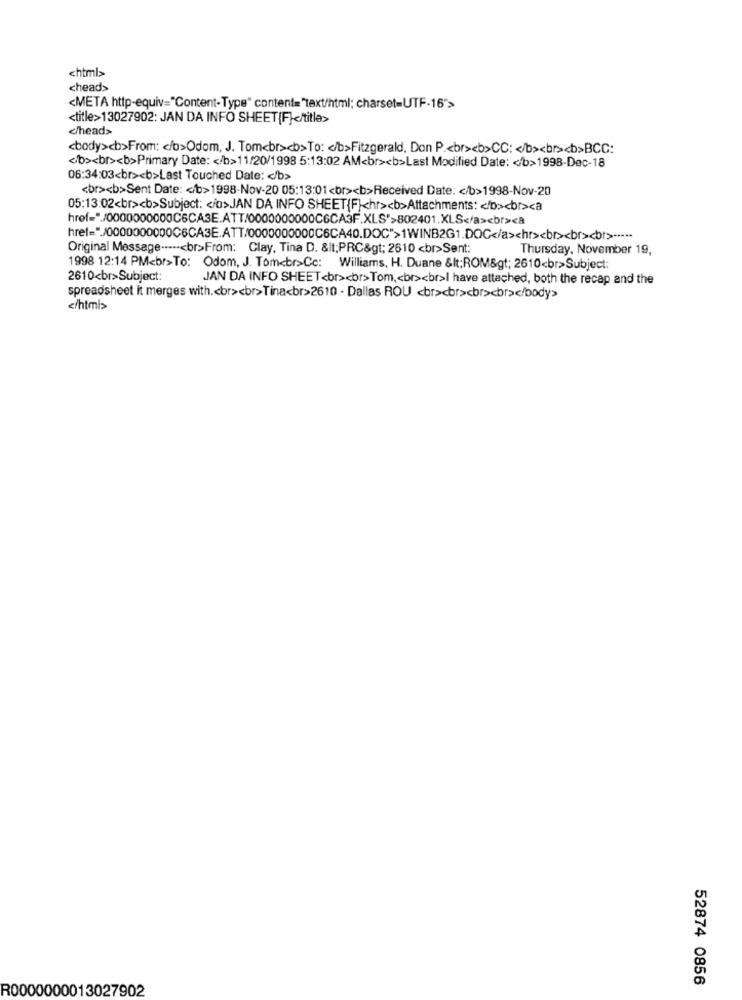
<html>
chead>
<META http-equiv="Content-Type" content="text/html; charset=UTF-16">
<title>13027902: JAN DA INFO SHEET[F]</title>
</head>
<body><b>From: < /b>Odom, J. Tom<br><b>To: < /b>Fitzgerald, Don P .< br><b>CC: < /b><br><b>BCC:
</b><br><b>Primary Date: < /b>11/20/1998 5:13:02 AM<br><b>Last Modified Date: < /b>1998-Dec-18
06:34:03<br><b>Last Touched Date: < /b>
<br><b>Sent Date: < /b>1998-Nov-20 05:13:01<br><b>Received Date: < /b>1998-Nov-20
05:13:02<br><b>Subject: < in>JAN DA INFO SHEET{F}<hr><b>Attachments: < b><br><a
href="/0000000000C6CA3E.ATT/0000000000C6CA40.DOC">1WINB2G1.DOC</a><hr><br><br><br> -----
Original Message -----< br>From: Clay, Tina D. &lt;PRC&gt; 2610 <br>Sent:
Thursday, November 19,
1998 12:14 PM<br>To: Odom, J. Tom<br>Cc: Williams, H. Duane &lt; ROM&gt; 2610<br>Subject:
2610<br>Subject:
JAN DA INFO SHEET<br><br>Tom ,< br><br>I have attached, both the recap and the
spreadsheet it merges with .< br><br>Tina<br>2610 . Dallas ROU <br><br><br><br></body>
</html>
52874 0856
R0000000013027902